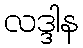
လဒ္ဒါန